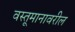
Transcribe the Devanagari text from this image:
वस्तूमानावरील